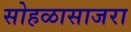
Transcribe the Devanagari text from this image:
सोहळासाजरा